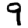
Digit: 9